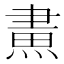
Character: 𤌲